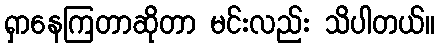
ရှာနေကြတာဆိုတာ မင်းလည်း သိပါတယ်။